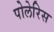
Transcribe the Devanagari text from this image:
पोलेरिस